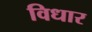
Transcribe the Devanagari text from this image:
विधार